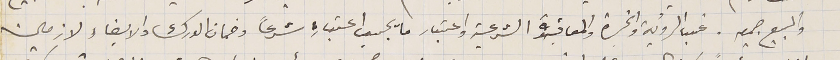
والبيع جميعه. غب الرؤية والخبرة والمعاقدة الشرعية واعتبار ما يجب اعتباره شرعاً وضمان الدرك والايفاء لازمين